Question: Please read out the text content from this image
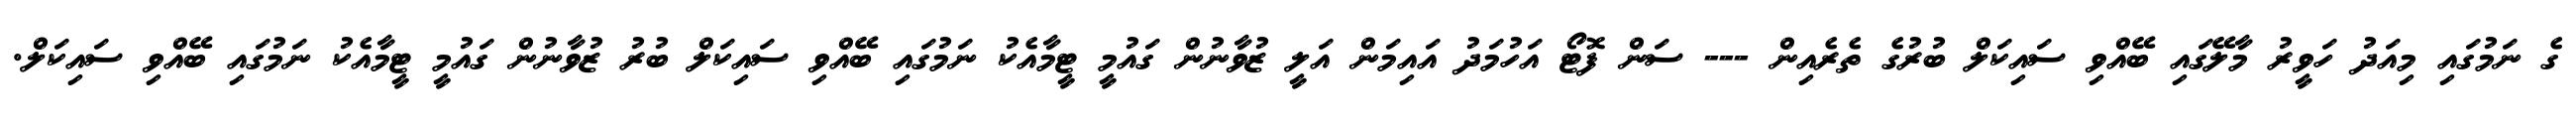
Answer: ގެ ނަމުގައި މިއަދު ހަވީރު މާލޭގައި ބޭއްވި ސައިކަލް ބުރުގެ ތެރެއިން --- ސަން ފޮޓޯ އަހުމަދު އައިމަން އަލީ ޒުވާނުން ގައުމީ ޓީމާއެކު ނަމުގައި ބޭއްވި ސައިކަލް ބުރު ޒުވާނުން ގައުމީ ޓީމާއެކު ނަމުގައި ބޭއްވި ސައިކަލް.